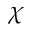
\chi